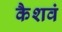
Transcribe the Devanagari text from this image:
कैशवं